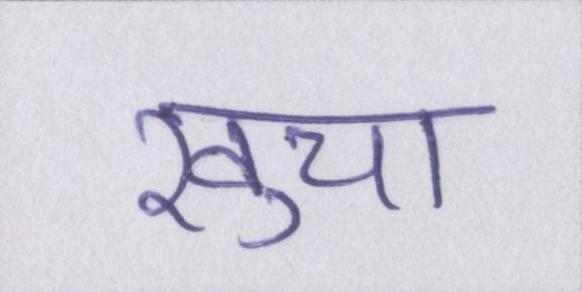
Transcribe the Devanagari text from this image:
खुचा